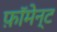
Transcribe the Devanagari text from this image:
फ़ॉमेन्ट